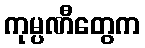
ကုမ္ပဏီတွေက